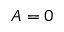
A = 0